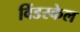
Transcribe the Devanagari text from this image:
विंडस्केल